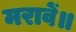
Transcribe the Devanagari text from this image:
मरावें॥